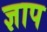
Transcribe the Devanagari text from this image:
ज्ञाप